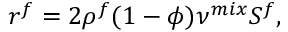
\boldsymbol { r ^ { f } } = 2 \rho ^ { f } ( 1 - \phi ) \nu ^ { m i x } \boldsymbol { S ^ { f } } ,